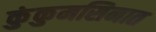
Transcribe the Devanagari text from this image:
कुंकुमसिनात